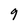
Character: 9